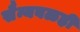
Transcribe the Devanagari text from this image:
सैन्यबळही